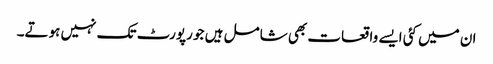
ان میں کئی ایسے واقعات بھی شامل ہیں جو رپورٹ تک نہیں ہوتے۔